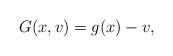
LaTeX: \begin{align*}G(x,v)=g(x)-v,\end{align*}